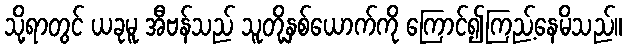
သို့ရာတွင် ယခုမူ အီဗန်သည် သူတို့နှစ်ယောက်ကို ကြောင်၍ကြည့်နေမိသည်။